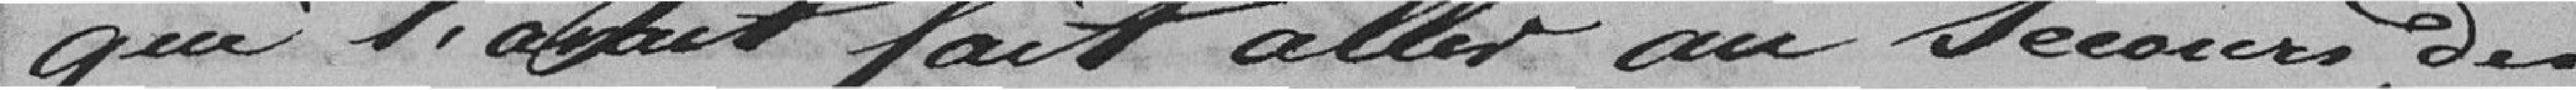
qui l'afait fait aller au Secours des